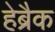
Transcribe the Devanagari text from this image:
हेब्रैक